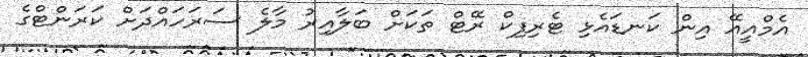
އެމްއީއޭ އިން ކަނޑައެޅި ޓެރިފިކް ރޭޓް ތަކަށް ބަލާއިރު މާލެ ސަރަހައްދަށް ކަރަންޓްގެ